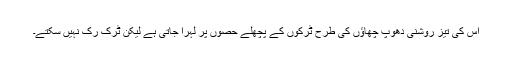
اس کی تیز روشنی دھوپ چھاؤں کی طرح ٹرکوں کے پچھلے حصوں پر لہرا جاتی ہے لیکن ٹرک رک نہیں سکتے۔